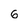
Character: 6